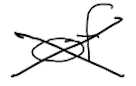
Text: of
Cross-out: cross
Writing tool: digital_black